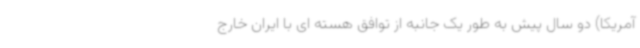
آمریکا) دو سال پیش به طور یک جانبه از توافق هسته ای با ایران خارج